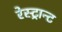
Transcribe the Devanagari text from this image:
रेस्ट्रान्ट